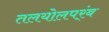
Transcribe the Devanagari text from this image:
तलयोलपर्ंब